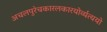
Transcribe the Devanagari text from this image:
अचलपुरेचकारलकारयोर्व्यत्ययो